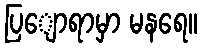
ပြျောရာမှာ မနရေ။